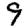
Digit: 9